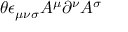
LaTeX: \theta \epsilon _ { \mu \nu \sigma } A ^ { \mu } \partial ^ { \nu } A ^ { \sigma }